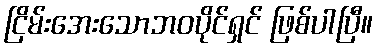
ငြိမ်းအေးသောဘဝပိုင်ရှင် ဖြစ်ပါပြီ။